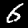
Digit: 6